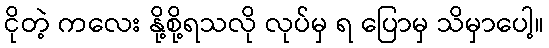
ငိုတဲ့ ကလေး နို့စို့ရသလို လုပ်မှ ရ ပြောမှ သိမှာပေါ့။